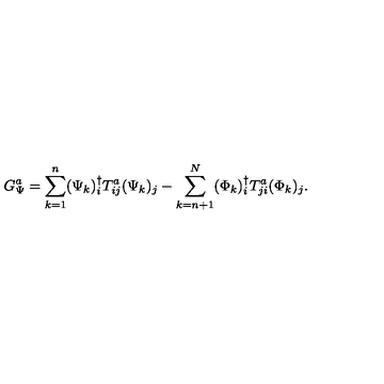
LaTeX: G _ { \Psi } ^ { a } = \sum _ { k = 1 } ^ { n } ( \Psi _ { k } ) _ { i } ^ { \dagger } T _ { i j } ^ { a } ( \Psi _ { k } ) _ { j } - \sum _ { k = n + 1 } ^ { N } ( \Phi _ { k } ) _ { i } ^ { \dagger } T _ { j i } ^ { a } ( \Phi _ { k } ) _ { j } .